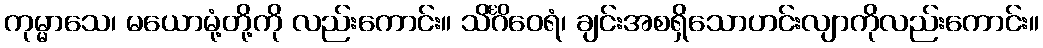
ကုမ္မာသေ၊ မယောမုံ့တို့ကို လည်းကောင်း။ သိင်္ဂိဝေရံ၊ ချင်းအစရှိသောဟင်းလျာကိုလည်းကောင်း။